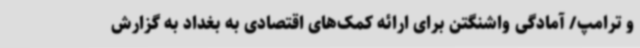
و ترامپ/ آمادگی واشنگتن برای ارائه کمک‌های اقتصادی به بغداد به گزارش